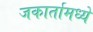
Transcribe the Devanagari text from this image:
जकार्तामध्ये